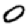
Digit: 0